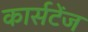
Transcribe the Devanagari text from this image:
कार्सटेंज